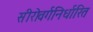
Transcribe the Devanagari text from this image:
सीरोवर्गनिर्धारित